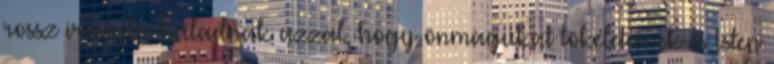
rossz irányba haladnak azzal, hogy önmagukat tökéletesnek és Isten